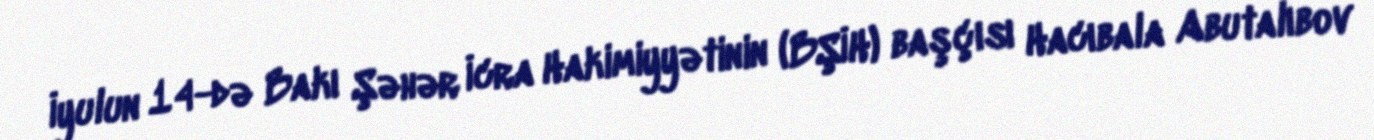
İyulun 14-də Bakı Şəhər İcra Hakimiyyətinin (BŞİH) başçısı Hacıbala Abutalıbov